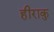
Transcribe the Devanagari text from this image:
हीराकु